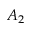
A _ { 2 }